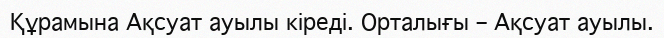
Құрамына Ақсуат ауылы кіреді. Орталығы – Ақсуат ауылы.